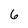
Character: 6